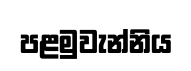
පළමුවැන්නිය